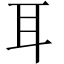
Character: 耳